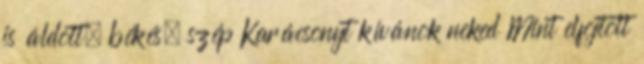
is áldott, békés, szép Karácsonyt kívánok neked Mint elfojtott